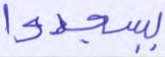
يسجدوا